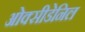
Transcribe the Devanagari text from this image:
ओक्सीडेनिल